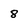
Character: 8